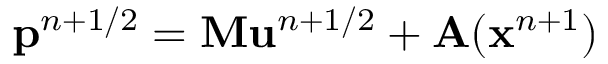
\mathbf { p } ^ { n + 1 / 2 } = \mathbf { M } \mathbf { u } ^ { n + 1 / 2 } + \mathbf { A } ( \mathbf { x } ^ { n + 1 } )